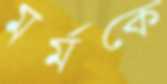
মর্মকে